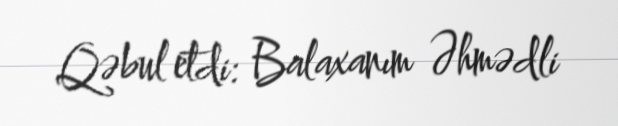
Qəbul etdi: Balaxanım Əhmədli